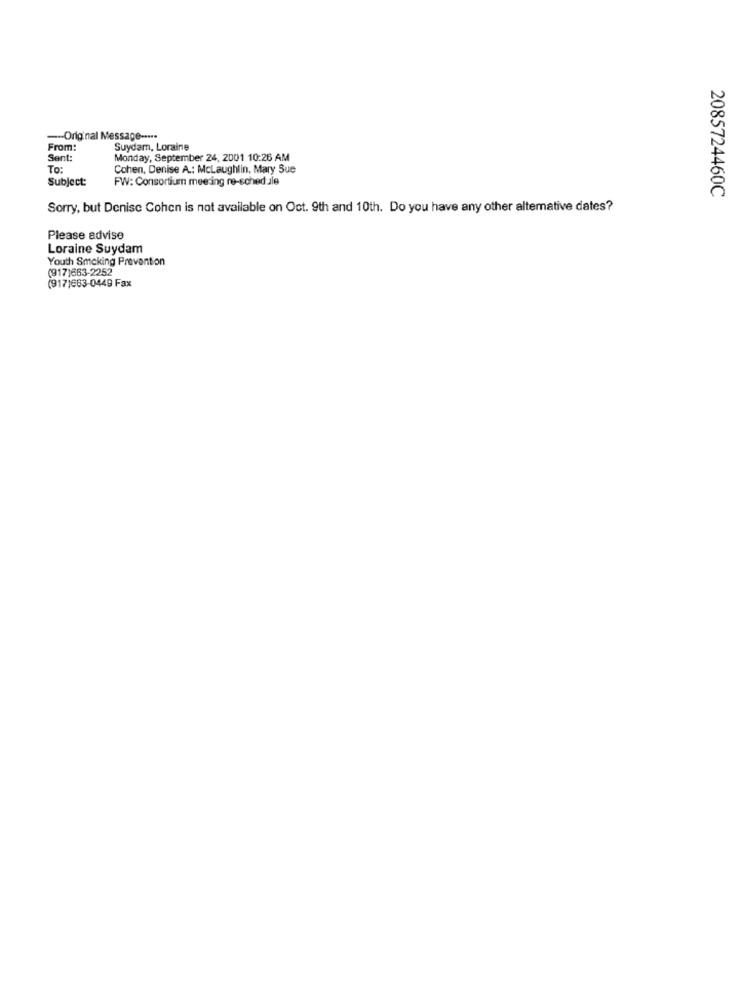
-Original Message -....
From:
Suydam, Loraine
Sent:
Monday, September 24, 2001 10:26 AM
To:
Cohen, Denise A .: Mclaughlin, Mary Sue
Subject:
FW: Consortium meeting re-sched.ale
2085724460C
Sorry, but Denise Cohen is not available on Oct. 9th and 10th. Do you have any other alternative dates?
Please advise
Loraine Suydam
Youth Smoking Prevention
(917)663-2252
(917)663-0449 Fax